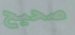
صحيح